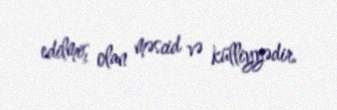
edilmiş olan məscid və külliyyədir.